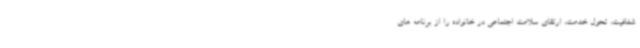
شفافیت، تحول خدمت، ارتقای سلامت اجتماعی در خانواده را از برنامه های